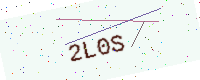
Text: 2L0S